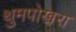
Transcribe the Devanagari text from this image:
थुमपोखरा